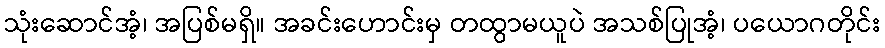
သုံးဆောင်အံ့၊ အပြစ်မရှိ။ အခင်းဟောင်းမှ တထွာမယူပဲ အသစ်ပြုအံ့၊ ပယောဂတိုင်း